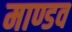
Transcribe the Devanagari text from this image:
माण्डव